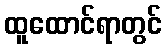
ထူထောင်ရာတွင်